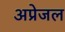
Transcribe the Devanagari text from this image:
अप्रेजल